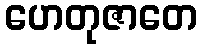
ဟေတုဇာတေ